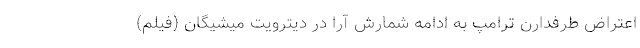
اعتراض طرفدارن ترامپ به ادامه شمارش آرا در دیترویت میشیگان (فیلم)